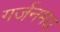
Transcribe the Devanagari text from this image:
गर्जनमय